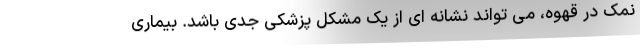
نمک در قهوه، می تواند نشانه ای از یک مشکل پزشکی جدی باشد. بیماری